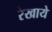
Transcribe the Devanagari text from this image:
रेखाये